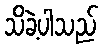
သိခဲ့ပါသည်